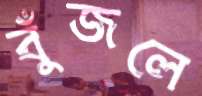
বুঁজলে